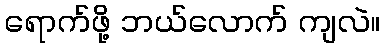
ရောက်ဖို့ ဘယ်လောက် ကျလဲ။